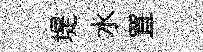
堤水罝